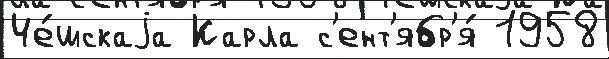
Че́шскаjа Карла с'ент'ябр'я́ 1958